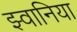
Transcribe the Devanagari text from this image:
झ्वानिया